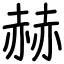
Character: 赫